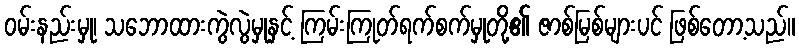
ဝမ်းနည်းမှု၊ သဘောထားကွဲလွဲမှုနှင့် ကြမ်းကြုတ်ရက်စက်မှုတို့၏ ဇာစ်မြစ်များပင် ဖြစ်တော့သည်။